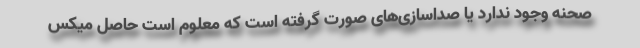
صحنه وجود ندارد یا صداسازی‌های صورت گرفته است که معلوم است حاصل میکس